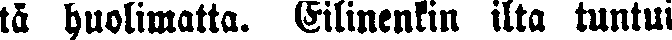
ta huolimatta. Eilinenkin ilta tuntui